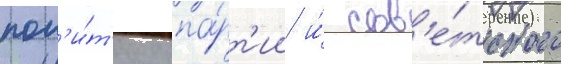
пол'и́т'ику па́рт'ии и́ сов'е́тского